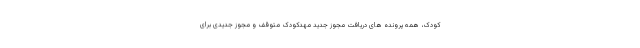
کودک، همه پرونده های دریافت مجوز جدید مهدکودک متوقف و مجوز جدیدی برای